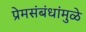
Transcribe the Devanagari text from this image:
प्रेमसंबंधांमुळे